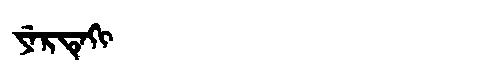
Manchu: ᠶᡝᡵᡨᡝᡴᡳ
Romanization: YERTEKI